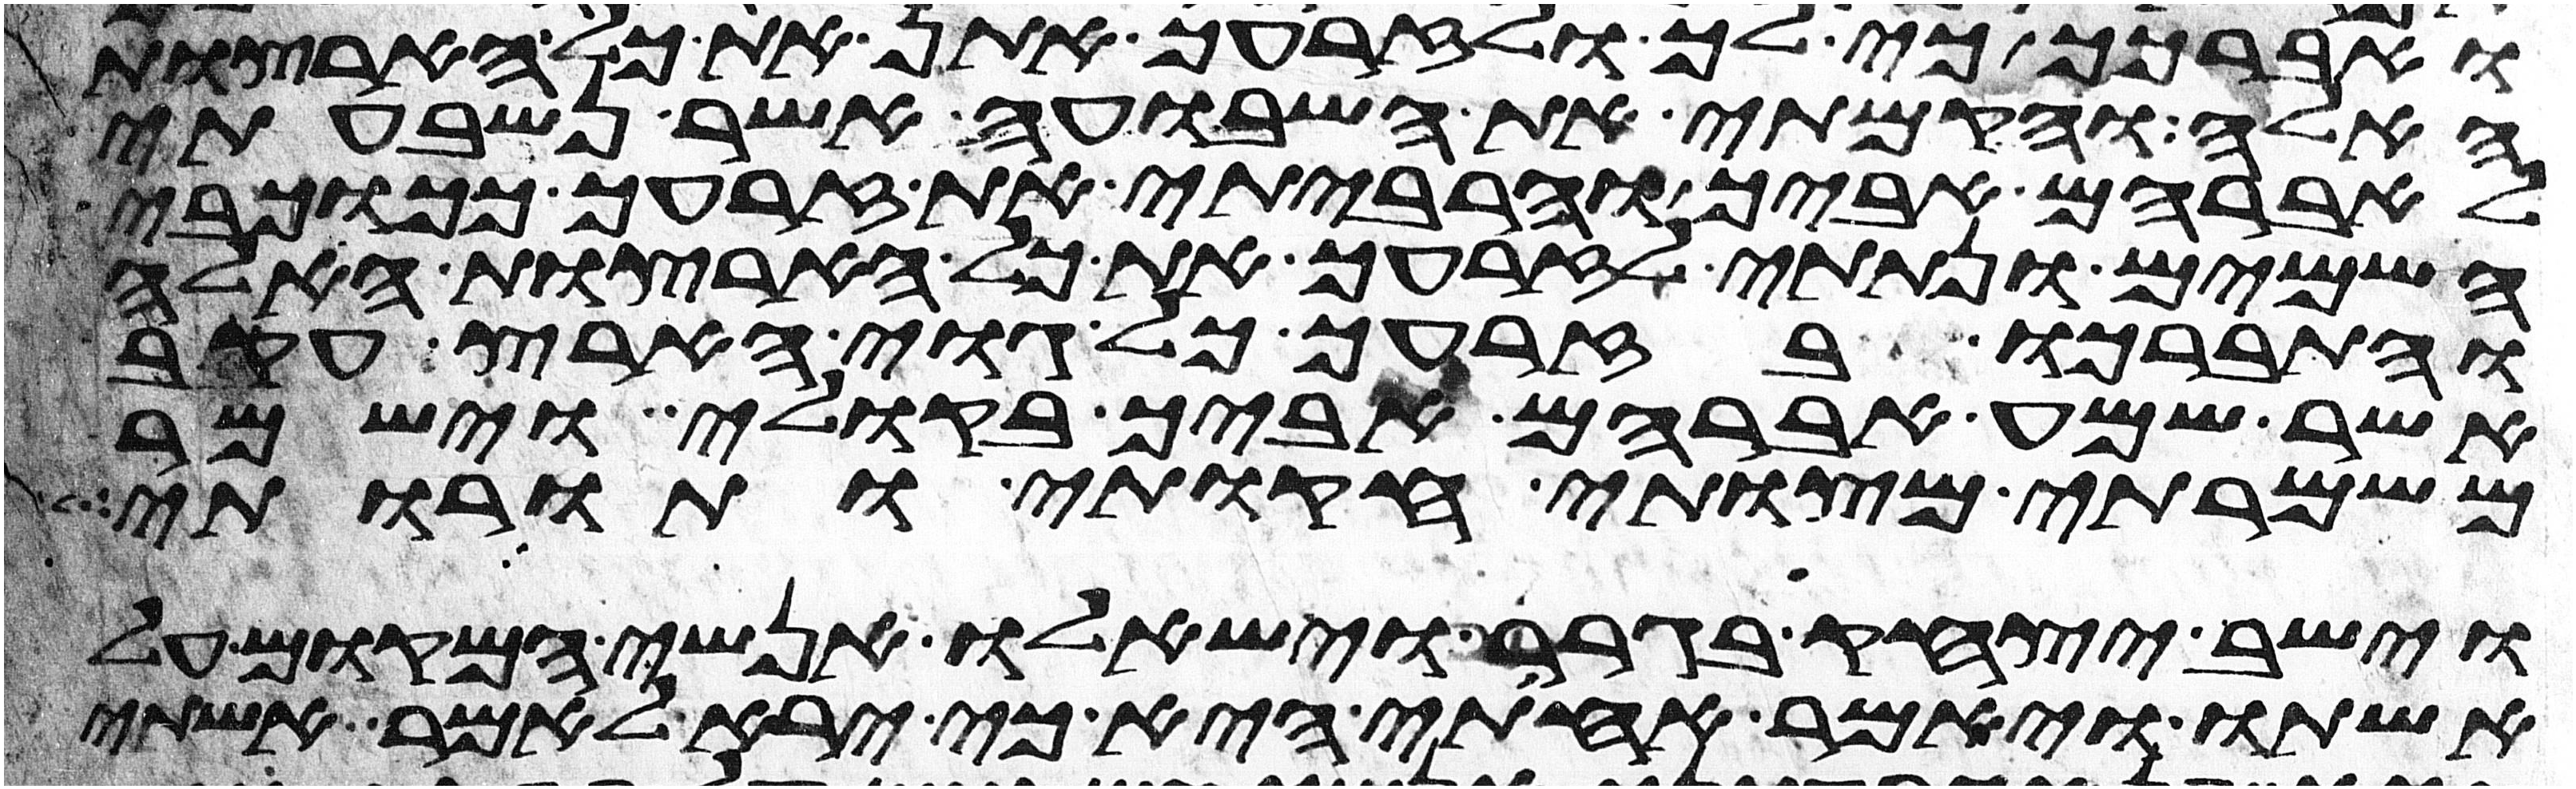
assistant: ואברכך כי לך ולזרעך אתן את כל הארצות
האלה והקמתי את השבועה אשר נשבעתי
לאברהם אביך והרביתי את זרעך ככוכבי
השמים ונתתי לזרעך את כל הארצות האלה
והתברכו בזרעך כל גוי הארץ עקב
אשר שמע אברהם אביך בקולי וישמר
משמרתי מצותי חקותי ותורותי
וישב יצחק בגרר וישאלו אנשי המקום על
אשתו ויאמר אחותי היא כי ירא לאמר אשתי